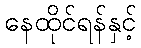
နေထိုင်ရန်နှင့်